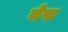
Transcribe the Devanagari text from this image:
मेख